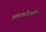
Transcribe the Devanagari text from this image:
अंधश्रद्धेवरील